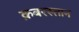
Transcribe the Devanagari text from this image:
क़बरस्तान